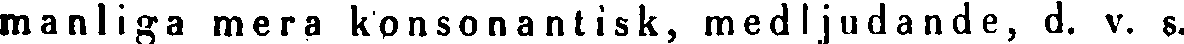
manliga mera konsonantisk, medljudande, d. v. g.